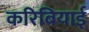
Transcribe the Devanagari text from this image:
करिबियाई